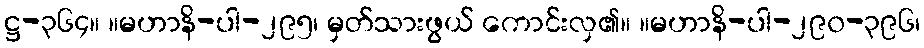
ဋ္ဌ-၃၆၄။ ။မဟာနိ-ပါ-၂၉၅၊ မှတ်သားဖွယ် ကောင်းလှ၏။ ။မဟာနိ-ပါ-၂၉၀-၃၉၆၊